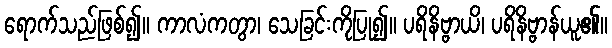
ရောက်သည်ဖြစ်၍။ ကာလံကတွာ၊ သေခြင်းကိုပြု၍။ ပရိနိဗ္ဗာယိ၊ ပရိနိဗ္ဗာန်ယူ၏။